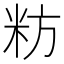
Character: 𮇉